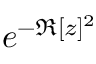
e ^ { - \Re [ z ] ^ { 2 } }